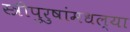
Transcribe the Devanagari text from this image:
स्त्रीपुरुषांमधल्या